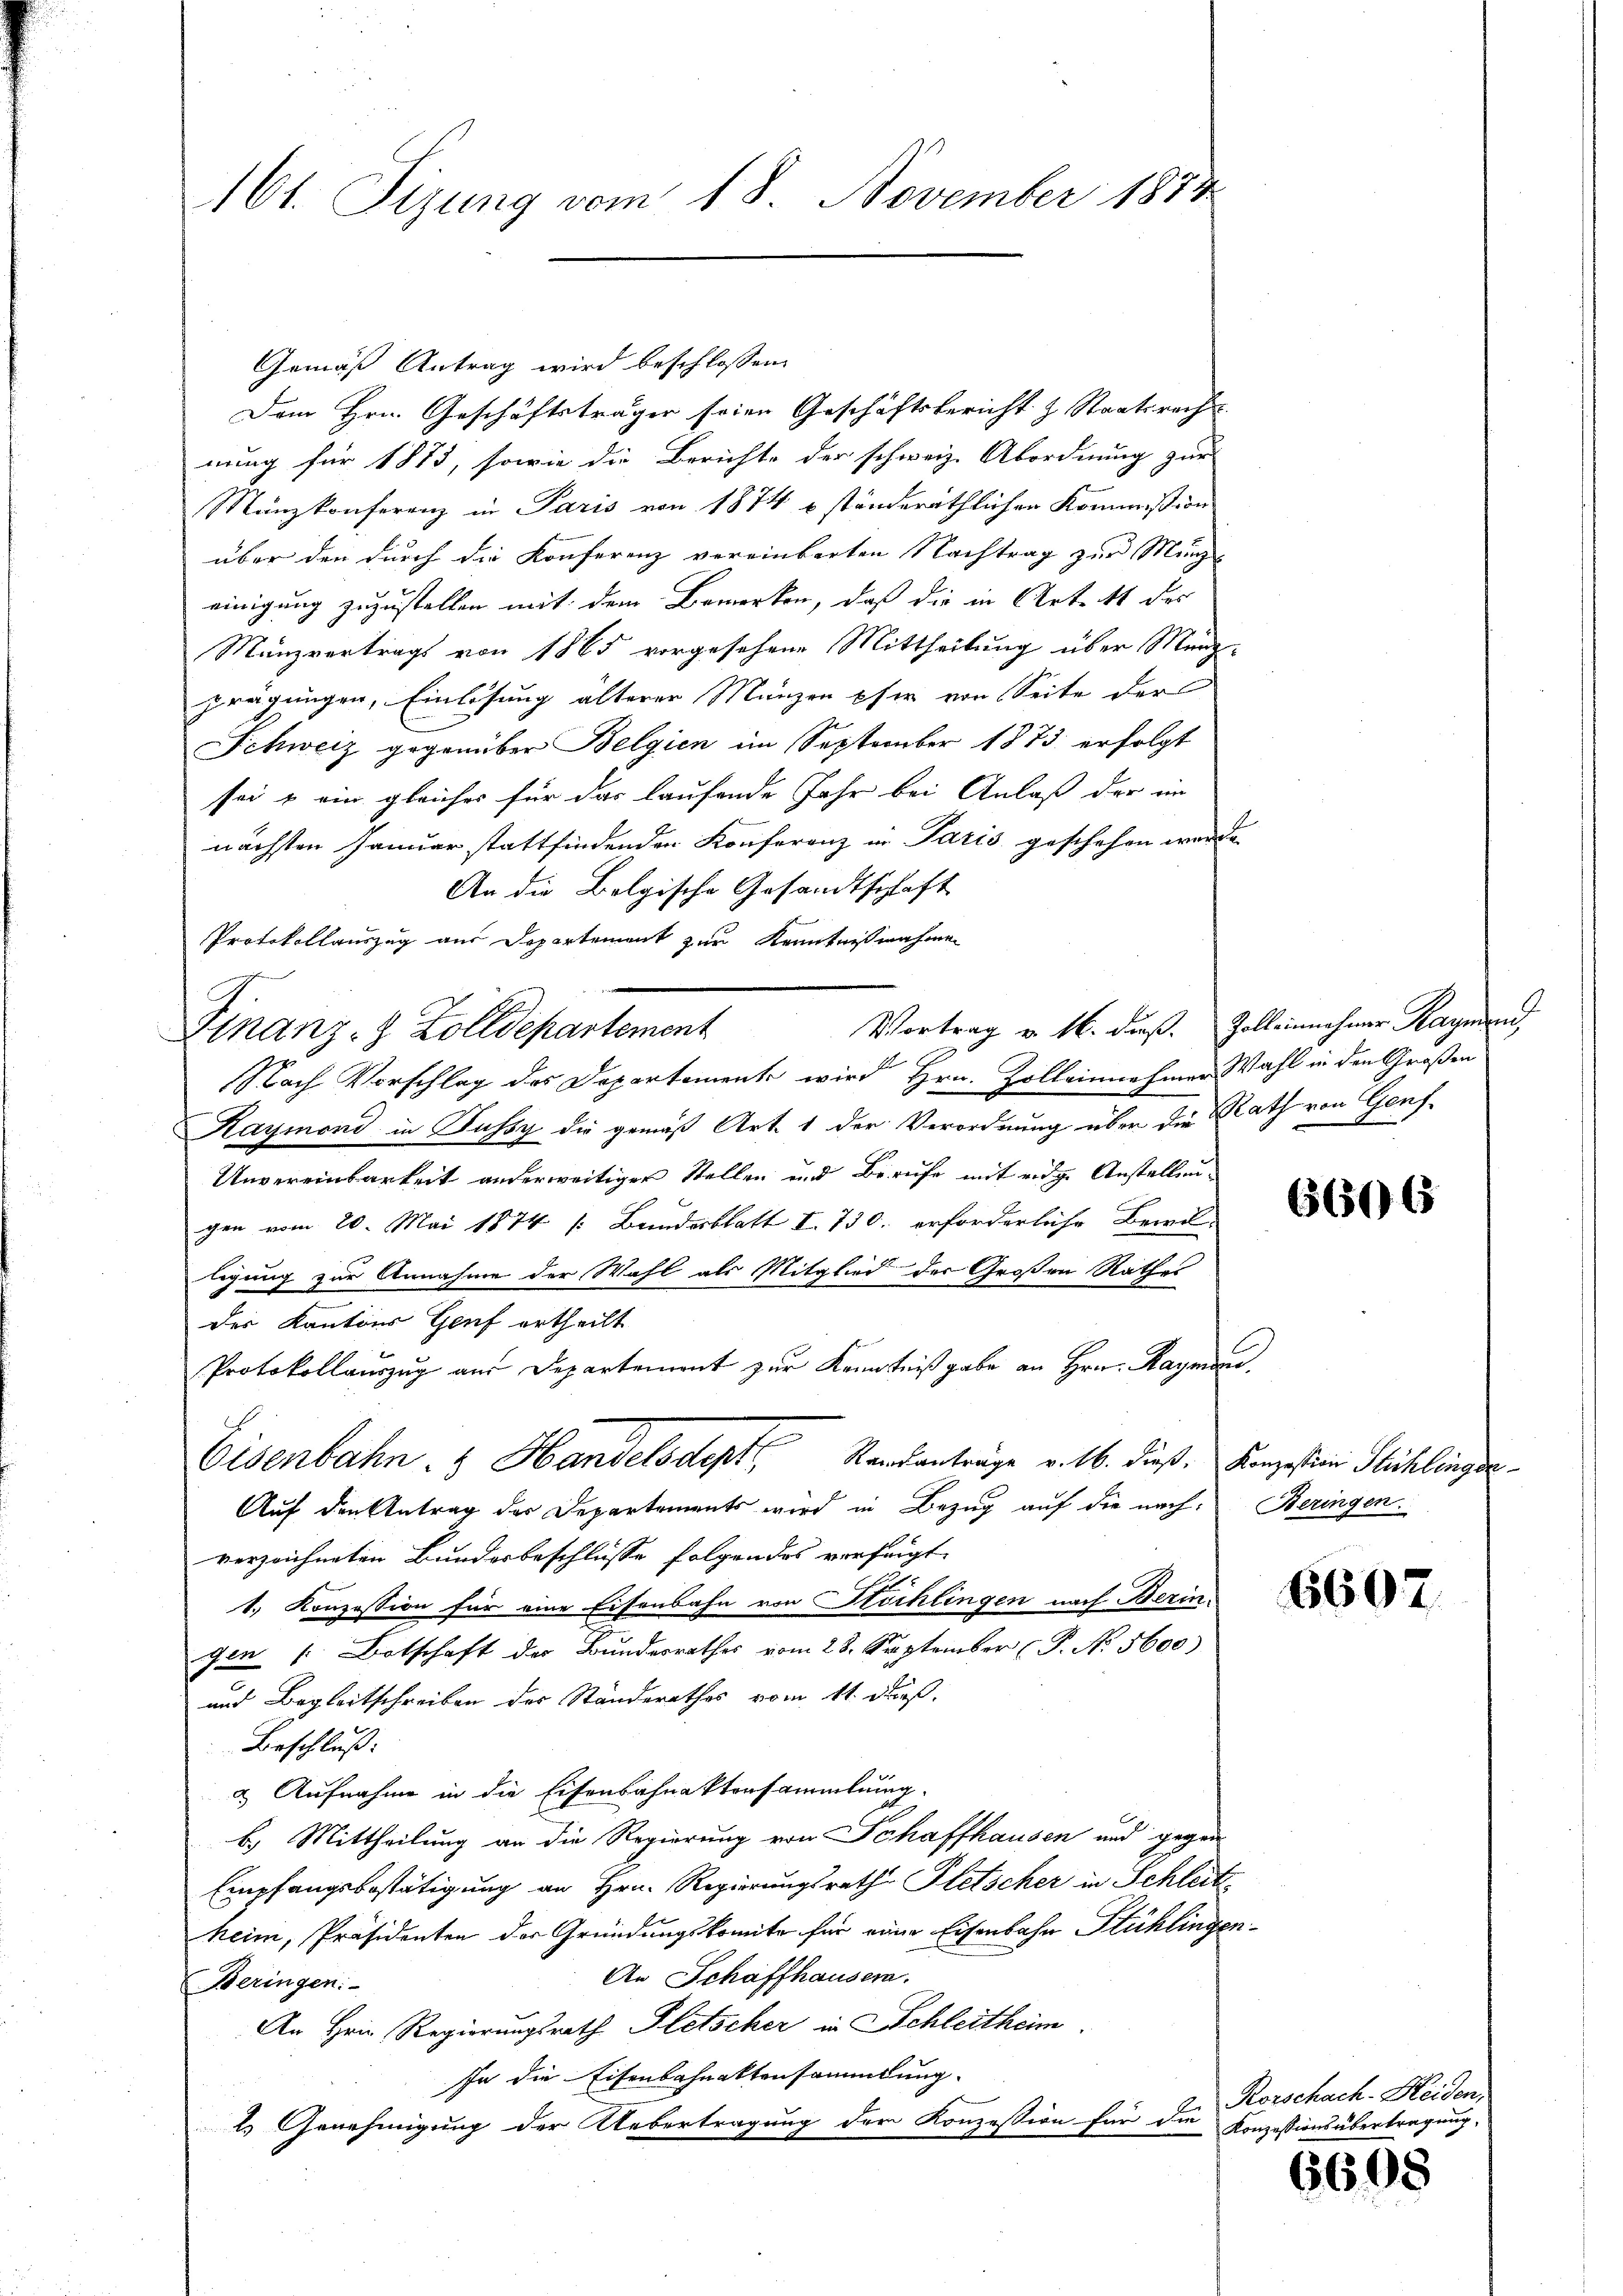
161. Sizung vom 18. November 1873

Gemäß Antrag wird beschlossen:
Dem Hrn. Geschäftsträger seien Geschäftsbericht z. Staatsrecht
nung für 1873, sowie die Berichte der schweiz. Abordnung zur
Mänzkonferenz in Paris von 1874 u ständeräthlichen Kommission
über den durch die Konferenz vereinbarten Nachtrag zur Münzeinigung zuzustellen mit dem Bemerken, daß die in Art. 4 des
Münzvertrags von 1865 vorgesehene Mittheilung über Münzprägungen, Einlösung älterer Münzen pfer von Seite der
Schweiz gegenüber Belgien im September 1873 erfolgt
sei u ein gleiches für das laufende Jahr bei Anlaß der ein
nächsten Januar stattfindenden Konferenz in Paris geschehen werde.
An die Bolgische Gesandtschaft
Protokollauszug aus Departement zur Kenntnißnahme
Vortrag v. 16. dieß. Zoll einnehmer Hagmann,
Finanz- & Zolldepartement
E
Nach Vorschlag des Departemente wird Hrn. Zolleinnehmer Wahl in den Großen
Kaymond in Fussy die gemäß Art. 1 der Verordnung über die Rath von Genf¬
Unvereinbarkeit anderweitiger Stellen und Berufe mit eidge Anstellengen vom 20. Mai 1874 /: Bundesblatt I. 750. erforderliche Beri
ligung zur Annahme der Wahl als Mitglied der Großen Rathes
des Kantons Genf ertheilt
Protokollaŭszŭg an Departement zŭr Kenntniβgabe an Hrn. Hagmann.
Eisenbahn- & Handelsdept Randanträge v. 16. dieß. Konzesten Pichlinger.
Auf den Antrag des Departements wird in Bezug auf die nach. Beringen
verzeichneten Bundesbeschlüsse folgendes verfeigt,
1.) Konzession für eine Eisenbahn von Stöchlingen nach Beringen Botschaft der Bundesrathes vom 28. September (P. No. 5600)
und Begleitschreiben des Standerathes vom 11. dieß.
Beschluß:
& Aufnahme in die Eisenbahnaktersammlung.
b.) Mittheilung an die Regierung von Schaffhausen und gegen
Empfangsbestätigung an Hrn. Regierungsrathe Pletscher in Schleit
heim, Präsidenten der Gründungskomite für eine Eisenbahn Stühlingen¬
An Schaffhausern.
Beringen:
An Hrn. Regierungsrath Gletscher in Schleitheim
In die Eisenbahnaktensammlung.
l. Genehmigung der Uebertragung der Konzession für die Konzessionsübertragung,

6606

6607

Rorschach-Heiden,

6608